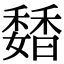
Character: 𩡊